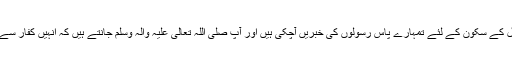
اور بیشک تمہارے دل کے سکون کے لئے تمہارے پاس رسولوں کی خبریں آچکی ہیں اور آپ صَلَّی اللہُ تَعَالٰی عَلَیْہِ وَاٰلِہٖ وَسَلَّمَ جانتے ہیں کہ انہیں کفار سے کیسی ایذائیں پہنچیں۔